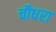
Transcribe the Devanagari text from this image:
चौधरा